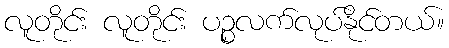
လူတိုင်း လူတိုင်း ပဉ္စလက်လုပ်နိုင်တယ်။